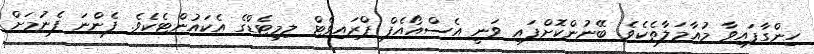
ހިންގާފައިވާ މުއާމަލާތެކެވެ. ބޭނުންކޮށްފައި ވަނީ އެސްއޯއެފް ޕްރައިވެޓް ލިމިޓެޑްގެ އެކައުންޓެކެވެ. ފެންނަ ފެނުމަށް